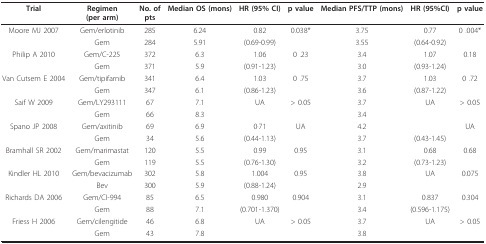
<table><thead><tr><td><b>Trial</b></td><td><b>Regimen (per arm)</b></td><td><b>No. of pts</b></td><td><b>Median OS (mons)</b></td><td><b>HR (95% CI)</b></td><td><b>p value</b></td><td><b>Median PFS/TTP (mons)</b></td><td><b>HR (95%CI)</b></td><td><b>p value</b></td></tr></thead><tbody><tr><td>Moore MJ 2007</td><td>Gem/erlotinib</td><td>285</td><td>6.24</td><td>0.82</td><td>0.038*</td><td>3.75</td><td>0.77</td><td>0 .004*</td></tr><tr><td></td><td>Gem</td><td>284</td><td>5.91</td><td>(0.69-0.99)</td><td></td><td>3.55</td><td>(0.64-0.92)</td><td></td></tr><tr><td>Philip A 2010</td><td>Gem/C-225</td><td>372</td><td>6.3</td><td>1.06</td><td>0 .23</td><td>3.4</td><td>1.07</td><td>0.18</td></tr><tr><td></td><td>Gem</td><td>371</td><td>5.9</td><td>(0.91-1.23)</td><td></td><td>3.0</td><td>(0.93-1.24)</td><td></td></tr><tr><td>Van Cutsem E 2004</td><td>Gem/tipifarnib</td><td>341</td><td>6.4</td><td>1.03</td><td>0 .75</td><td>3.7</td><td>1.03</td><td>0 .72</td></tr><tr><td></td><td>Gem</td><td>347</td><td>6.1</td><td>(0.86-1.23)</td><td></td><td>3.6</td><td>(0.87-1.22)</td><td></td></tr><tr><td>Saif W 2009</td><td>Gem/LY293111</td><td>67</td><td>7.1</td><td>UA</td><td>&gt; 0.05</td><td>3.7</td><td>UA</td><td>&gt; 0.05</td></tr><tr><td></td><td>Gem</td><td>66</td><td>8.3</td><td></td><td></td><td>3.4</td><td></td><td></td></tr><tr><td>Spano JP 2008</td><td>Gem/axitinib</td><td>69</td><td>6.9</td><td>0·71</td><td>UA</td><td>4.2</td><td></td><td>UA</td></tr><tr><td></td><td>Gem</td><td>34</td><td>5.6</td><td>(0.44-1.13)</td><td></td><td>3.7</td><td>(0.43-1.45)</td><td></td></tr><tr><td>Bramhall SR 2002</td><td>Gem/marimastat</td><td>120</td><td>5.5</td><td>0.99</td><td>0.95</td><td>3.1</td><td>0.68</td><td>0.68</td></tr><tr><td></td><td>Gem</td><td>119</td><td>5.5</td><td>(0.76-1.30)</td><td></td><td>3.2</td><td>(0.73-1.23)</td><td></td></tr><tr><td>Kindler HL 2010</td><td>Gem/bevacizumab</td><td>302</td><td>5.8</td><td>1.004</td><td>0.95</td><td>3.8</td><td>UA</td><td>0.075</td></tr><tr><td></td><td>Bev</td><td>300</td><td>5.9</td><td>(0.88-1.24)</td><td></td><td>2.9</td><td></td><td></td></tr><tr><td>Richards DA 2006</td><td>Gem/CI-994</td><td>85</td><td>6.5</td><td>0.980</td><td>0.904</td><td>3.1</td><td>0.837</td><td>0.304</td></tr><tr><td></td><td>Gem</td><td>88</td><td>7.1</td><td>(0.701-1.370)</td><td></td><td>3.4</td><td>(0.596-1.175)</td><td></td></tr><tr><td>Friess H 2006</td><td>Gem/cilengitide</td><td>46</td><td>6.8</td><td>UA</td><td>&gt; 0.05</td><td>3.7</td><td>UA</td><td>&gt; 0.05</td></tr><tr><td></td><td>Gem</td><td>43</td><td>7.8</td><td></td><td></td><td>3.8</td><td></td><td></td></tr></tbody></table>